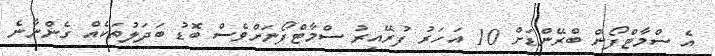
އެ ސްމާޓްފޯން ބްރޭންޑަށް 10 އަހަރު ފުރޭއިރު ސްމާޓްފޯނަށްވެސް ބޮޑު ބަދަލުތަކެއް ގެންނާނެ